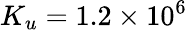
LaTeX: K_{u}=1.2\times 10^{6}